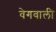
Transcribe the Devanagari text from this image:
वेगवाली